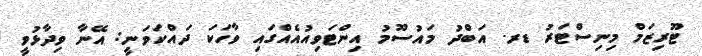
ޓޫރިޒަމް މިނިސްޓަރު ޑރ. އަބްދު މައުސޫމު އިންޓަވިއުއެއްގައި ވާހަކަ ދައްކަވަނީ: އޭނާ ވިދާޅުވީ